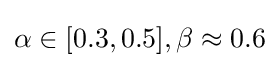
\alpha \in [0.3,0.5],\beta \approx 0.6